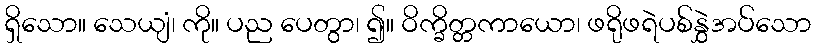
ရှိသော။ သေယျံ၊ ကို။ ပည ပေတွာ၊ ၍။ ဝိက္ခိတ္တကာယော၊ ဖရိုဖရဲပစ်နွှဲအပ်သော